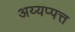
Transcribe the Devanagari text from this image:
अय्यप्पत्त